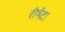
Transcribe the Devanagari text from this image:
रीगैटा